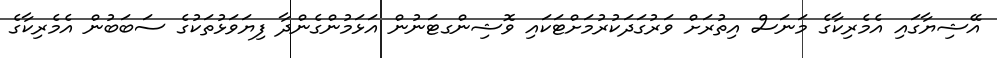
އޭޝިޔާގައި އެމެރިކާގެ މަނަސް އިތުރަށް ވަރުގަދަކުރުމަށްޓަކައި ވޮޝިންގޓަނުން އަޅަމުންގެންދާ ފިޔަވަޅުތަކުގެ ސަބަބުން އެމެރިކާގެ